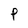
Character: P